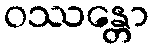
ဝဿန္တော